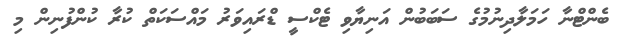
ބެންޓްނާ ހަމަލާދިނުމުގެ ސަބަބުން އަނިޔާވި ޓެކްސީ ޑްރައިވަރު މައްސަކަތް ކުރާ ކުންފުނިން މި